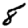
Digit: 8